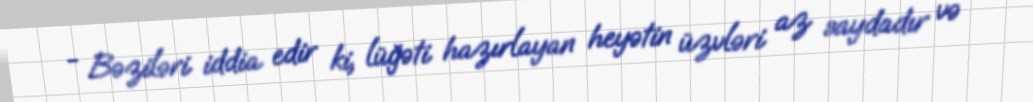
- Bəziləri iddia edir ki, lüğəti hazırlayan heyətin üzvləri az saydadır və